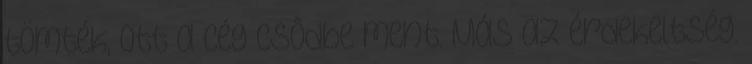
tömték, ott a cég csôdbe ment. Más az érdekeltség.